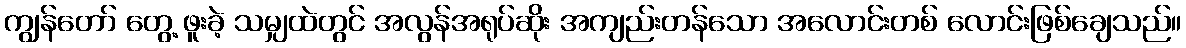
ကျွန်တော် တွေ့ ဖူးခဲ့ သမျှထဲတွင် အလွန်အရုပ်ဆိုး အကျည်းတန်သော အလောင်းတစ် လောင်းဖြစ်ချေသည်။